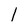
Character: l